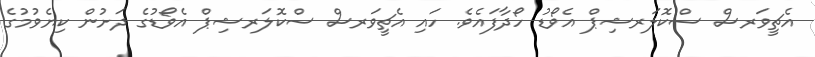
އެޗީވަރސް ސްކޮލަރޝިޕް އެވޯޑު ހޯދާފައެވެ. ހައި އެޗީވަރސް ސްކޮލަރޝިޕް އެވޯޑުގެ ދަށުން ކިޔެވުމުގެ